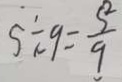
s \div 9 = \frac { s ^ { 2 } } { 9 }